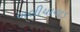
બલીયાવાડ